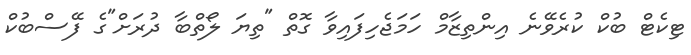
ޓިކެޓް ބުކް ކުރެވޭނެ އިންތިޒާމް ހަމަޖެހިފައިވާ ގޮތް "ތިޔަ ލޯތްބާ ދުރަށް"ގެ ފޭސްބުކް